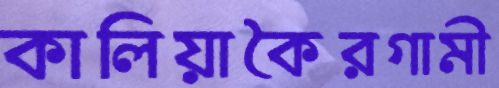
কালিয়াকৈরগামী